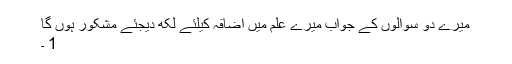
میرے دو سوالوں کے جواب میرے علم میں اضافہ کیلئے لکھ دیجئے مشکور ہوں گا
1 ۔